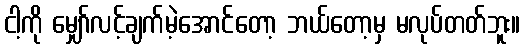
ငါ့ကို မျှော်လင့်ချက်မဲ့အောင်တော့ ဘယ်တော့မှ မလုပ်တတ်ဘူး။